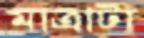
মাত্রাটা